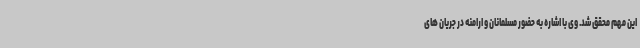
این مهم محقق شد. وی با اشاره به حضور مسلمانان و ارامنه در جریان های